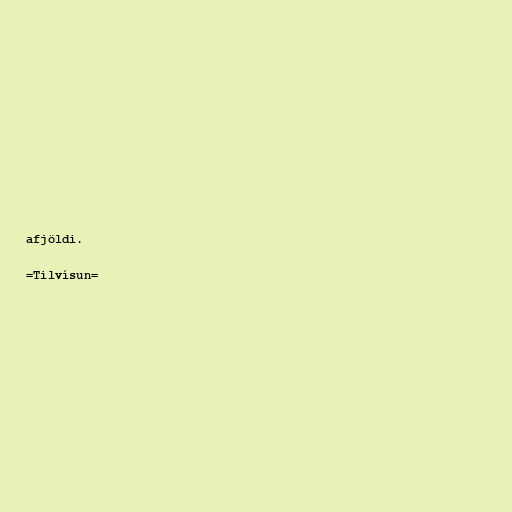
afjöldi.

=Tilvísun=